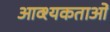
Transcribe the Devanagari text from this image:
आव्श्यकताओं